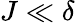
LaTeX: J\ll\delta